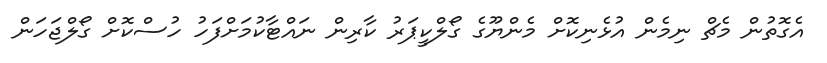
އެގޮތުން މެޗް ނިމެން އުޅެނިކޮށް މެންޔޫގެ ގޯލްކީޕަރު ކާރިން ނައްޓާކުމަށްފަހު ހުސްކޮށް ގޯލްޖަހަން